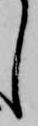
し